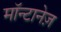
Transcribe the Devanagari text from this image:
मॉन्टानेज़